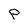
Character: P